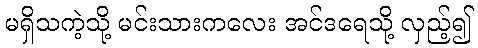
မရှိသကဲ့သို့ မင်းသားကလေး အင်ဒရေသို့ လှည့်၍